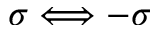
\sigma \Longleftrightarrow - \sigma